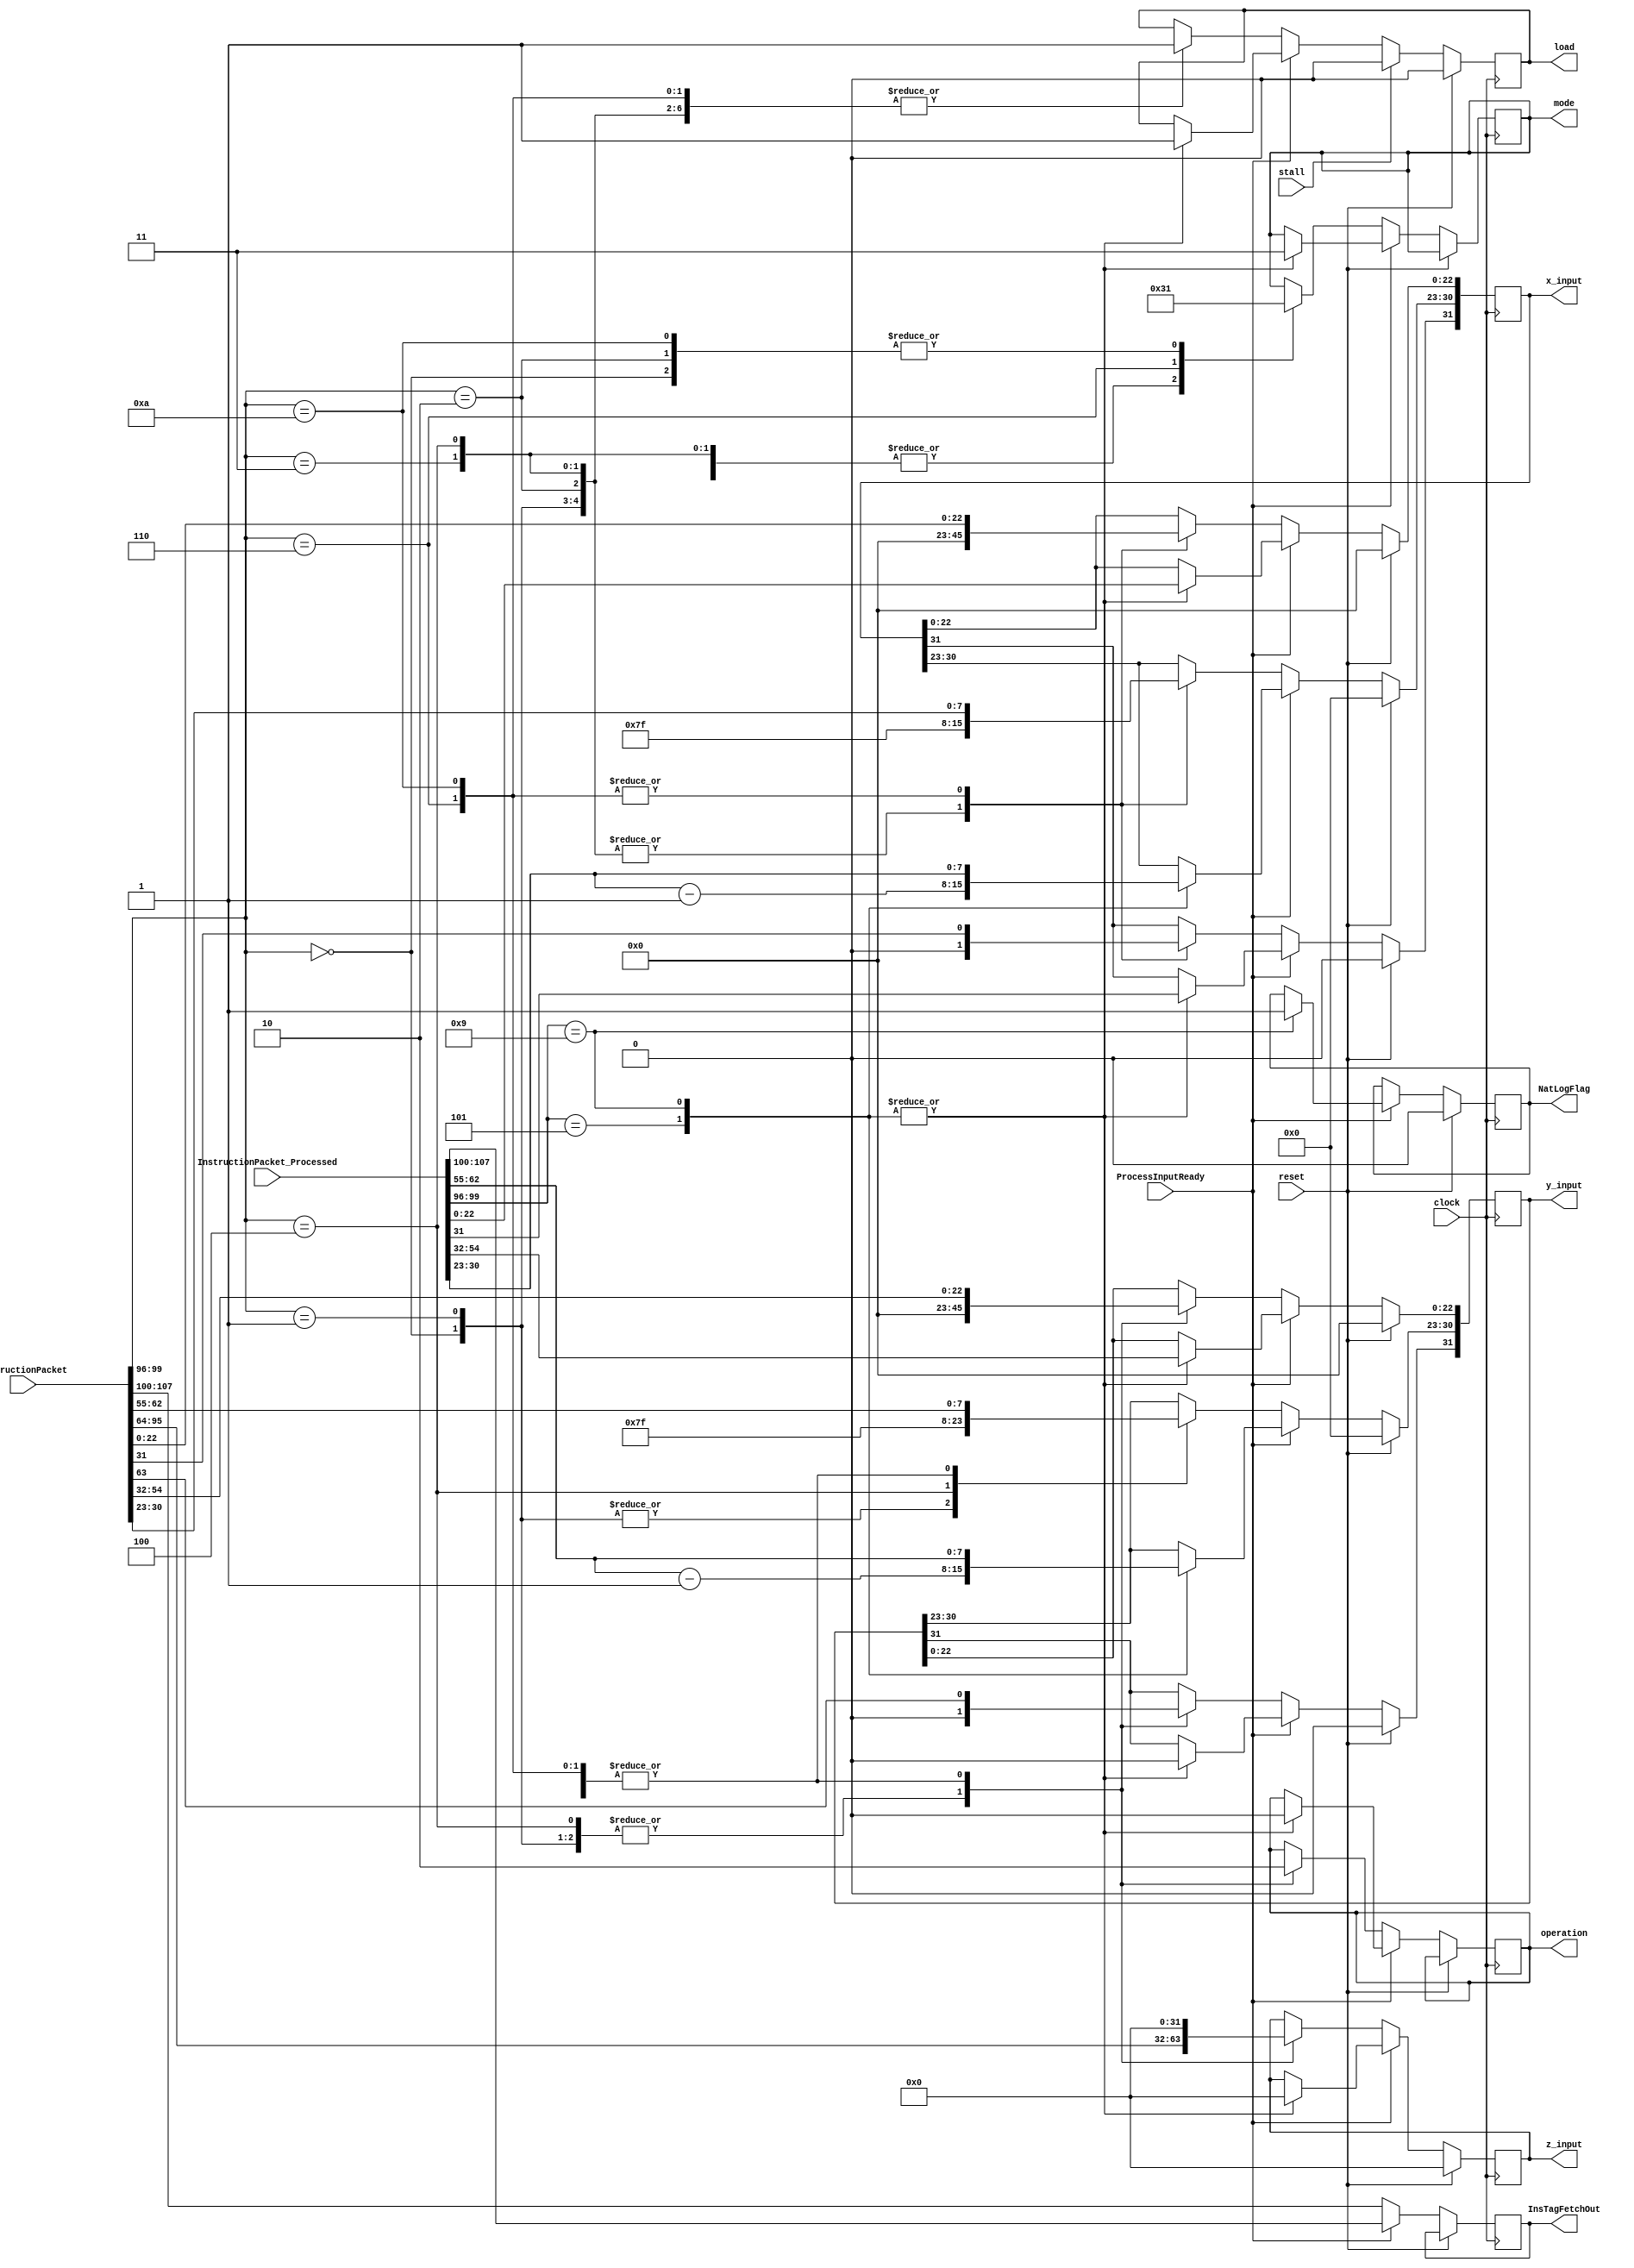
module Fetch_FSL(
    input [107:0] InstructionPacket,
	 input [107:0] InstructionPacket_Processed,
	 input ProcessInputReady,
	 input reset,
    input clock,
	 input stall,
    output reg [31:0] x_input = 32'h00000000,
    output reg [31:0] y_input = 32'h00000000,
    output reg [31:0] z_input = 32'h00000000,
    output reg [1:0] mode,
    output reg operation,
	 output reg [7:0] InsTagFetchOut,
    output reg load = 1'b0,
	 output reg NatLogFlag = 1'b0
    );
wire [3:0] Opcode;
wire [31:0] x_processor;
wire [31:0] y_processor;
wire [31:0] z_processor;
wire [7:0] InstructionTag;
wire [3:0] Opcode_processed;
wire [31:0] x_processor_processed;
wire [31:0] y_processor_processed;
wire [31:0] z_processor_processed;
wire [7:0] InstructionTag_processed;
assign InstructionTag = InstructionPacket[107:100];
assign Opcode = InstructionPacket[99:96];
assign x_processor = InstructionPacket[31:0];
assign y_processor = InstructionPacket[63:32];
assign z_processor = InstructionPacket[95:64];
assign InstructionTag_processed = InstructionPacket_Processed[107:100];
assign Opcode_processed = InstructionPacket_Processed[99:96];
assign x_processor_processed = InstructionPacket_Processed[31:0];
assign y_processor_processed = InstructionPacket_Processed[63:32];
assign z_processor_processed = InstructionPacket_Processed[95:64];
parameter sin_cos		= 4'd0,
			 sinh_cosh	= 4'd1,
			 arctan		= 4'd2,
			 arctanh		= 4'd3,
			 exp			= 4'd4,
			 sqr_root   = 4'd5,			
			 division	= 4'd6,
			 tan			= 4'd7,			
			 tanh			= 4'd8,			
			 nat_log		= 4'd9,			
			 hypotenuse = 4'd10;
parameter vectoring = 1'b0,
			 rotation  = 1'b1;
parameter circular   = 2'b01,
			 linear     = 2'b00,
			 hyperbolic = 2'b11;
always @ (posedge clock)
begin
if (reset == 1'b1) begin
	x_input <= 32'h00000000;
   y_input <= 32'h00000000;
   z_input <= 32'h00000000;
	load <= 1'b0;
	NatLogFlag <= 1'b0;
end
else begin
	if (ProcessInputReady == 1'b0) begin
		InsTagFetchOut <= InstructionTag;
		case(Opcode)
		sin_cos:
		begin
			mode <= circular;
			operation <= rotation;
			x_input <= 32'h3F800000;
			y_input <= 32'h00000000;
			z_input <= z_processor;	
			load <= 1'b1;
		end
		sinh_cosh:
		begin
			mode <= hyperbolic;
			operation <= rotation;
			x_input <= 32'h3F800000;
			y_input <= 32'h00000000;
			z_input <= z_processor;
			load <= 1'b1;
		end
		arctan:
		begin
			mode <= circular;
			operation <= vectoring;
			x_input <= 32'h3F800000;
			y_input <= y_processor;
			z_input <= 32'h00000000;
			load <= 1'b1;
		end
		arctanh:
		begin
			mode <= hyperbolic;
			operation <= vectoring;
			x_input <= 32'h3F800000;
			y_input <= y_processor;
			z_input <= 32'h00000000;
			load <= 1'b1;
		end
		exp:
		begin
			mode <= hyperbolic;
			operation <= rotation;
			x_input <= 32'h3F800000;
			y_input <= 32'h3F800000;
			z_input <= z_processor;
			load <= 1'b1;		
		end
		division:
		begin
			mode <= linear;
			operation <= vectoring;
			x_input <= x_processor;
			y_input <= y_processor;
			z_input <= 32'h00000000;
			load <= 1'b1;
		end
		hypotenuse:
		begin
			mode <= circular;
			operation <= vectoring;
			x_input <= x_processor;
			y_input <= y_processor;
			z_input <= 32'h00000000;
			load <= 1'b1;
		end
		endcase
	end
	else begin
		InsTagFetchOut <= InstructionTag_processed;
		case(Opcode_processed)
		sqr_root:
		begin
			mode <= hyperbolic;
			operation <= vectoring;
			x_input[31] <= x_processor_processed[31];
			x_input[30:23] <= x_processor_processed[30:23] - 8'h01;
			x_input[22:0] <= x_processor_processed[22:0];
			y_input[31] <= 1'b0;
			y_input[30:23] <= y_processor_processed[30:23] - 8'h01;
			y_input[22:0] <= y_processor_processed[22:0];
			z_input <= 32'h00000000;
			load <= 1'b1;
		end
		nat_log:
		begin
			mode <= hyperbolic;
			operation <= vectoring;
			x_input <= x_processor_processed;
			y_input[30:0] <= y_processor_processed[30:0];
			y_input[31] <= 1'b0;
			z_input <= 32'h00000000;
			load <= 1'b1;	
			NatLogFlag <= 1'b1;
		end
		endcase
	end
	if (stall == 1'b1) begin
		load <= 1'b0;
	end
end
end
endmodule